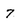
Character: 7